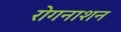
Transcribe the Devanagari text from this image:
रोगनाशन